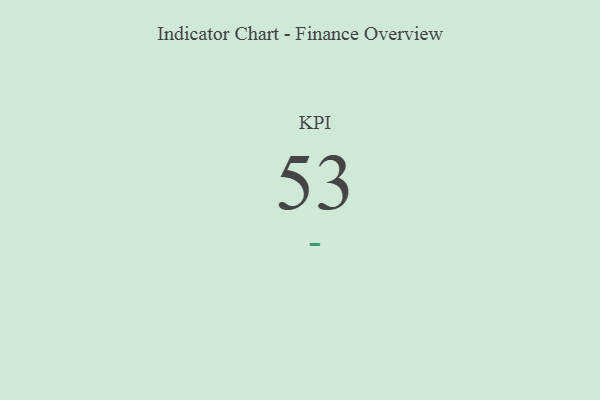
{"axis": {"x": "KPI", "y": "Value"}, "legend": [""], "data": [{"x": "KPI", "y": 53, "type": ""}]}